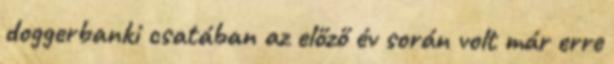
doggerbanki csatában az előző év során volt már erre